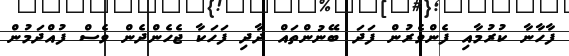
ފާހާނާ ކުރުމާއި ފެންވެރުން ފަދަ ބޭނުންތައް ދާދި ފަހަކާ ޖެހެންދެން ވެސް ފުއްދަމުން